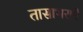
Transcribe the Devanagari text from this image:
तासाभराने